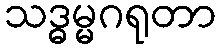
သဒ္ဓမ္မဂရုတာ